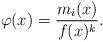
LaTeX: \begin{align*} \varphi(x)=\frac{m_i(x)}{f(x)^{k}} \rlap{.}\end{align*}